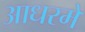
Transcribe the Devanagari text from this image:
आधरमे